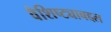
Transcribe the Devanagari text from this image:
वैशिष्ट्याबद्दल